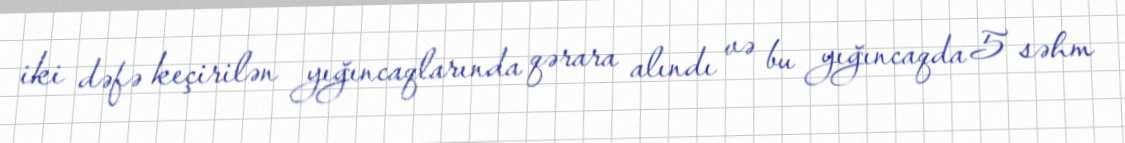
iki dəfə keçirilən yığıncaqlarında qərara alındı və bu yığıncaqda 5 səhm